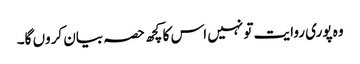
وہ پوری روایت تو نہیں اس کا کچھ حصہ بیان کروں گا۔